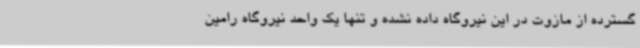
گسترده از مازوت در این نیروگاه داده نشده و تنها یک واحد نیروگاه رامین